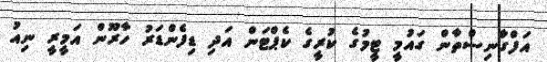
އަފްގާނިސްތާން ގައުމީ ޓީމުގެ ކުރީގެ ކެޕްޓަން އަދި ޑިފެންޑަރު ހާރޫން އަމީރީ ނިއު